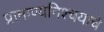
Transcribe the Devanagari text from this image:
प्रामाण्यनिश्चयाचे